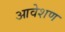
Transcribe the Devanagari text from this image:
आवेशण